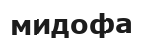
мидофа